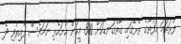
ފުރަތަމަ ހަފުތާގެ ތެރޭގައި ގާތްގަނޑަކަށް 300 މީހުން ހުށަހެޅި ނަމަވެސް ފާއިތުވި ދެ